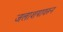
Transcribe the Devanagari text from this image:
जलाशयावरून